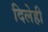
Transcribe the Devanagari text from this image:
दिलेही